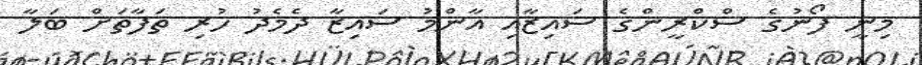
މިނީ ފޯނުގެ ސްކްރީންގެ ސައިޒާއި އާންމު ސައިޒާ ދެމެދު ހުރި ތަފާތަށް ބަލާ